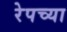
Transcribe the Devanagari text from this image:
रेपच्या